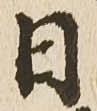
日